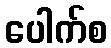
ပေါက်စ